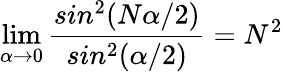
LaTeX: \operatorname*{lim}_{\alpha\rightarrow 0}\frac{sin^{2}(N\alpha/2)}{sin^{2}(\alpha/2)}=N^{2}